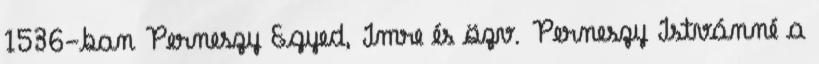
1536-ban Perneszy Egyed, Imre és özv. Perneszy Istvánné a